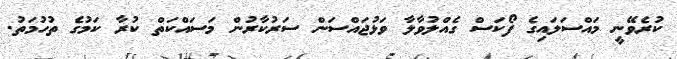
ކުރެވޭނީ މައްސަލައިގެ ފޯކަސް ގެއްލުވާލާ ވަޅުޖައްސަން ސަރުކާރުން މަސައްކަތް ކުރާ ކަމުގެ ތުހުމަތު.